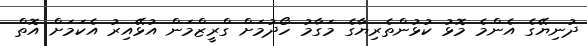
ދުނިޔޭގެ އެންމެ މޮޅު ކުޅުންތެރިޔާގެ މަގާމު ހޯދުމަށް ގްރީޒްމަން އުޅޭއިރު އެކަމަށް އޮތް